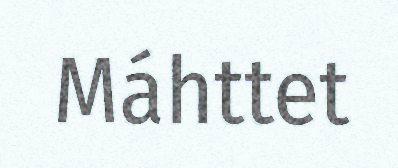
Máhttet